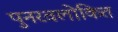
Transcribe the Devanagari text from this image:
पुनरवलोकित